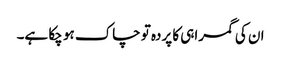
ان کی گمراہی کا پردہ تو چاک ہو چکا ہے۔